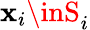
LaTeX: \mathbf{x}_{i}\inS_{i}